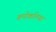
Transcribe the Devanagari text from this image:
कपोकल्पित